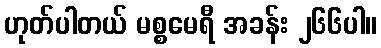
ဟုတ်ပါတယ် မစ္စမေရီ အခန်း ၂၆၆ပါ။